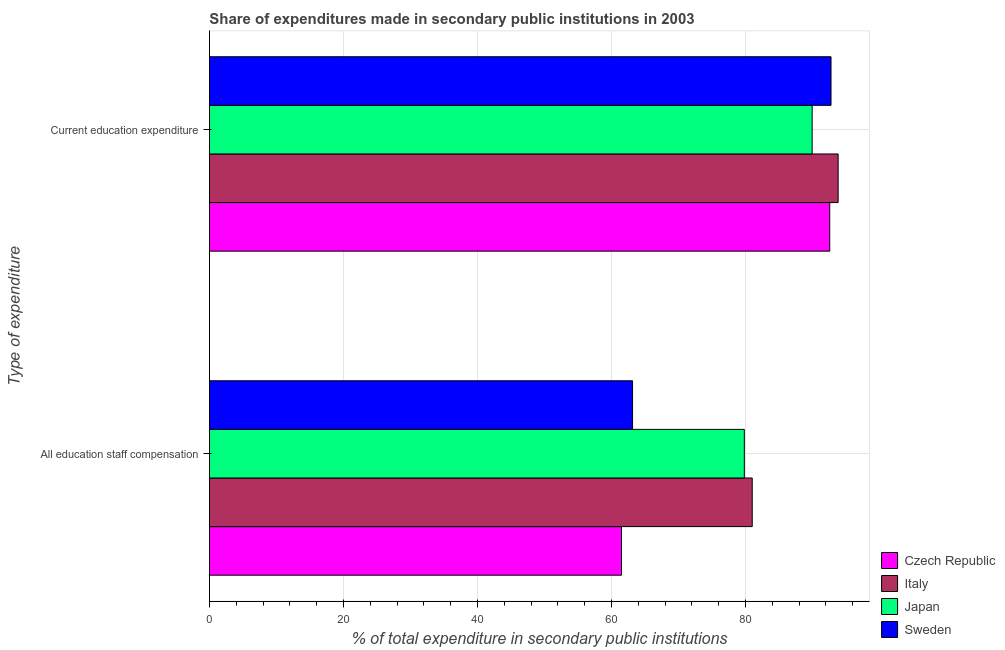
| Type of expenditure | Czech Republic | Italy | Japan | Sweden |
 | --- | --- | --- | --- | --- |
 | All education staff compensation | 61.5 | 81 | 79.8 | 63.1 |
 | Current education expenditure | 92.6 | 93.8 | 89.9 | 92.8 |